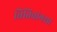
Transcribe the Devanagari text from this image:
तितिवांगसा